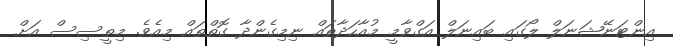
އިންޓަނޭޝަނަލް ލޯގައި ބައިނަލް އަގްވާމީ މުއާހަދާތައް ނިމިގެންދާ ގޮތްތައް މިއެވެ. މިތީސިސް އަށް